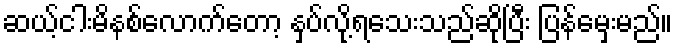
ဆယ့်ငါးမိနစ်လောက်တော့ နှပ်လို့ရသေးသည်ဆိုပြီး ပြန်မှေးမည်။